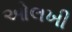
ઓલખી